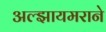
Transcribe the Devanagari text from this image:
अल्झायमराने